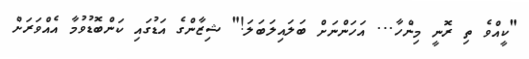
"ކީއްވެ ތި ރޮނީ މިންހާ... އަހަންނަށް ބަލައިލަބަލަ!" ޝިޒާންގެ އަޑުގައި ކަންބޮޑުވުމާ އެއްވަރަށް